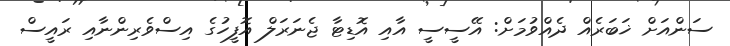
ސަންއަށް ޚަބަރެއް ދެއްވުމަށް: އޭސީސީ އާއި އޮޑިޓާ ޖެނަރަލް އޮފީހުގެ އިސްވެރިންނާއި ރައީސް